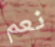
نعم